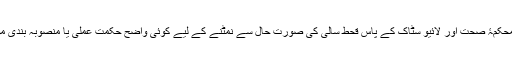
اس طرح محکمۂ صحت اور لائیو سٹاک کے پاس قحط سالی کی صورتِ حال سے نمٹنے کے لیے کوئی واضح حکمت عملی یا منصوبہ بندی موجود نہیں۔